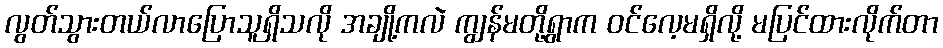
လွတ်သွားတယ်လာပြောသူရှိသလို အချို့ကလဲ ကျွန်မတို့ရွာက ဝင်လေ့မရှိလို့ မပြင်ထားလိုက်တာ